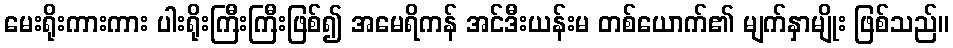
မေးရိုးကားကား ပါးရိုးကြီးကြီးဖြစ်၍ အမေရိကန် အင်ဒီးယန်းမ တစ်ယောက်၏ မျက်နှာမျိုး ဖြစ်သည်။